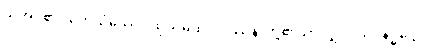
သိအပ်၏။ တေသံယေဝ၊ ထိုသမထ ဝိပဿနာတို့၏သာလျှင်။ ယုဂနဒ္ဓဋ္ဌော၊